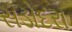
સડોદરા